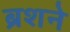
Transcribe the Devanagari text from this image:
ब्रशने